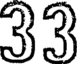
33